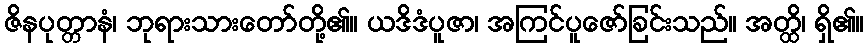
ဇိနပုတ္တာနံ၊ ဘုရားသားတော်တို့၏။ ယဒိဒံပူဇာ၊ အကြင်ပူဇော်ခြင်းသည်။ အတ္ထိ၊ ရှိ၏။